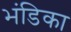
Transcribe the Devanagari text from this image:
भंडिका